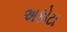
અકોટા